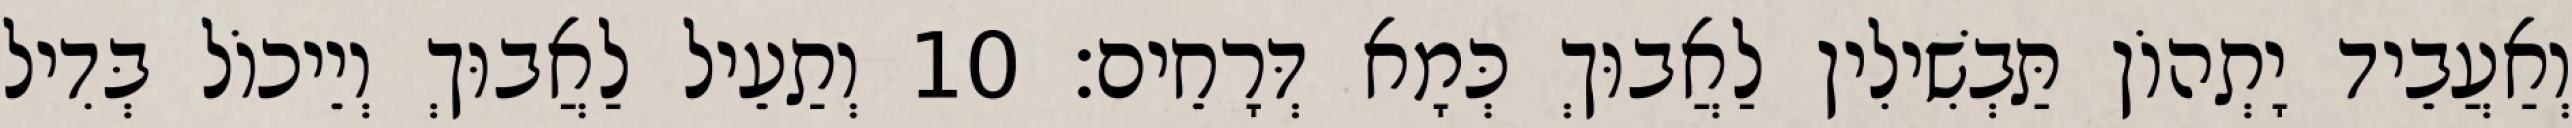
וְאַעֲבֵיד יָתְהוֹן תַּבְשִׁילִין לַאֲבוּךְ כְּמָא דְּרָחֵים׃ 10 וְתַעֵיל לַאֲבוּךְ וְיֵיכוֹל בְּדִיל